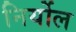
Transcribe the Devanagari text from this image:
निर्योल